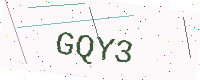
Text: GQY3